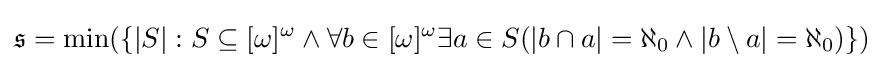
{\mathfrak {s}}=\min(\{|S|:S\subseteq [\omega ]^{\omega }\land \forall b\in [\omega ]^{\omega }\exists a\in S(|b\cap a|=\aleph _{0}\land |b\setminus a|=\aleph _{0})\})